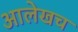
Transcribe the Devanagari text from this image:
अालेखच